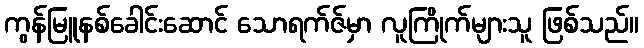
ကွန်မြူနစ်ခေါင်းဆောင် သောရက်ဇ်မှာ လူကြိုက်များသူ ဖြစ်သည်။